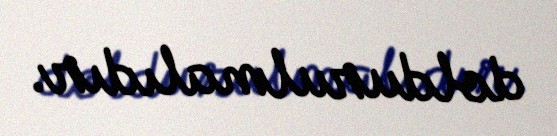
doldurulmalıdır.